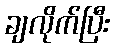
ချလိုက်ပြီး